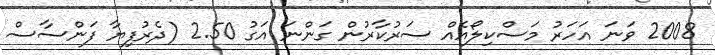
2008 ވަނަ އަހަރު މަސްކިލޯއެއް ސަރުކާރުން ގަންނަ އަގު 2.50 (ދެރުފިޔާ ފަންސާސް